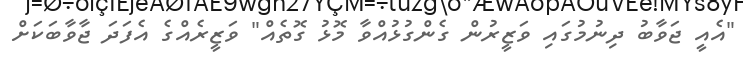
"އެއީ ޖަވާބު ދިނުމުގައި ވަޒީރުން ގެންގުޅުއްވާ މޮޅު ގޮތެއް" ވަޒީރެއްގެ އެފަދަ ޖާވާބަކަށް